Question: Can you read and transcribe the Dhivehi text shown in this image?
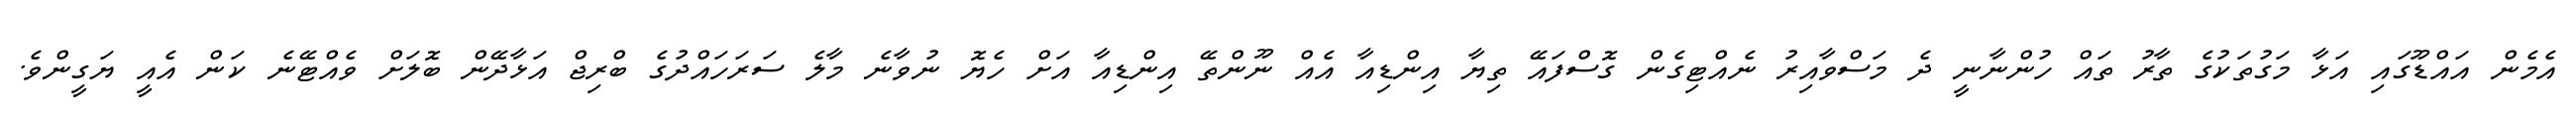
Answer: އެމެން އައްޑޫގައި އަޅާ މަގުތަކުގެ ތާރު ތައް ހުންނާނީ ދެ މަސްވާއިރު ނެއްޓިގެން ގޮސްފައޭ ތިޔާ އިންޑިއާ އެއް ނޫންތޭ އިންޑިއާ އަށް ހެޔޮ ނުވާނެ މާލެ ސަރަހައްދުގެ ބްރިޖް އަޅާދޭން ބޮލަށް ވެއްޓޭނެ ކަން އެއީ ޔަގީންވެ.